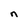
Character: n